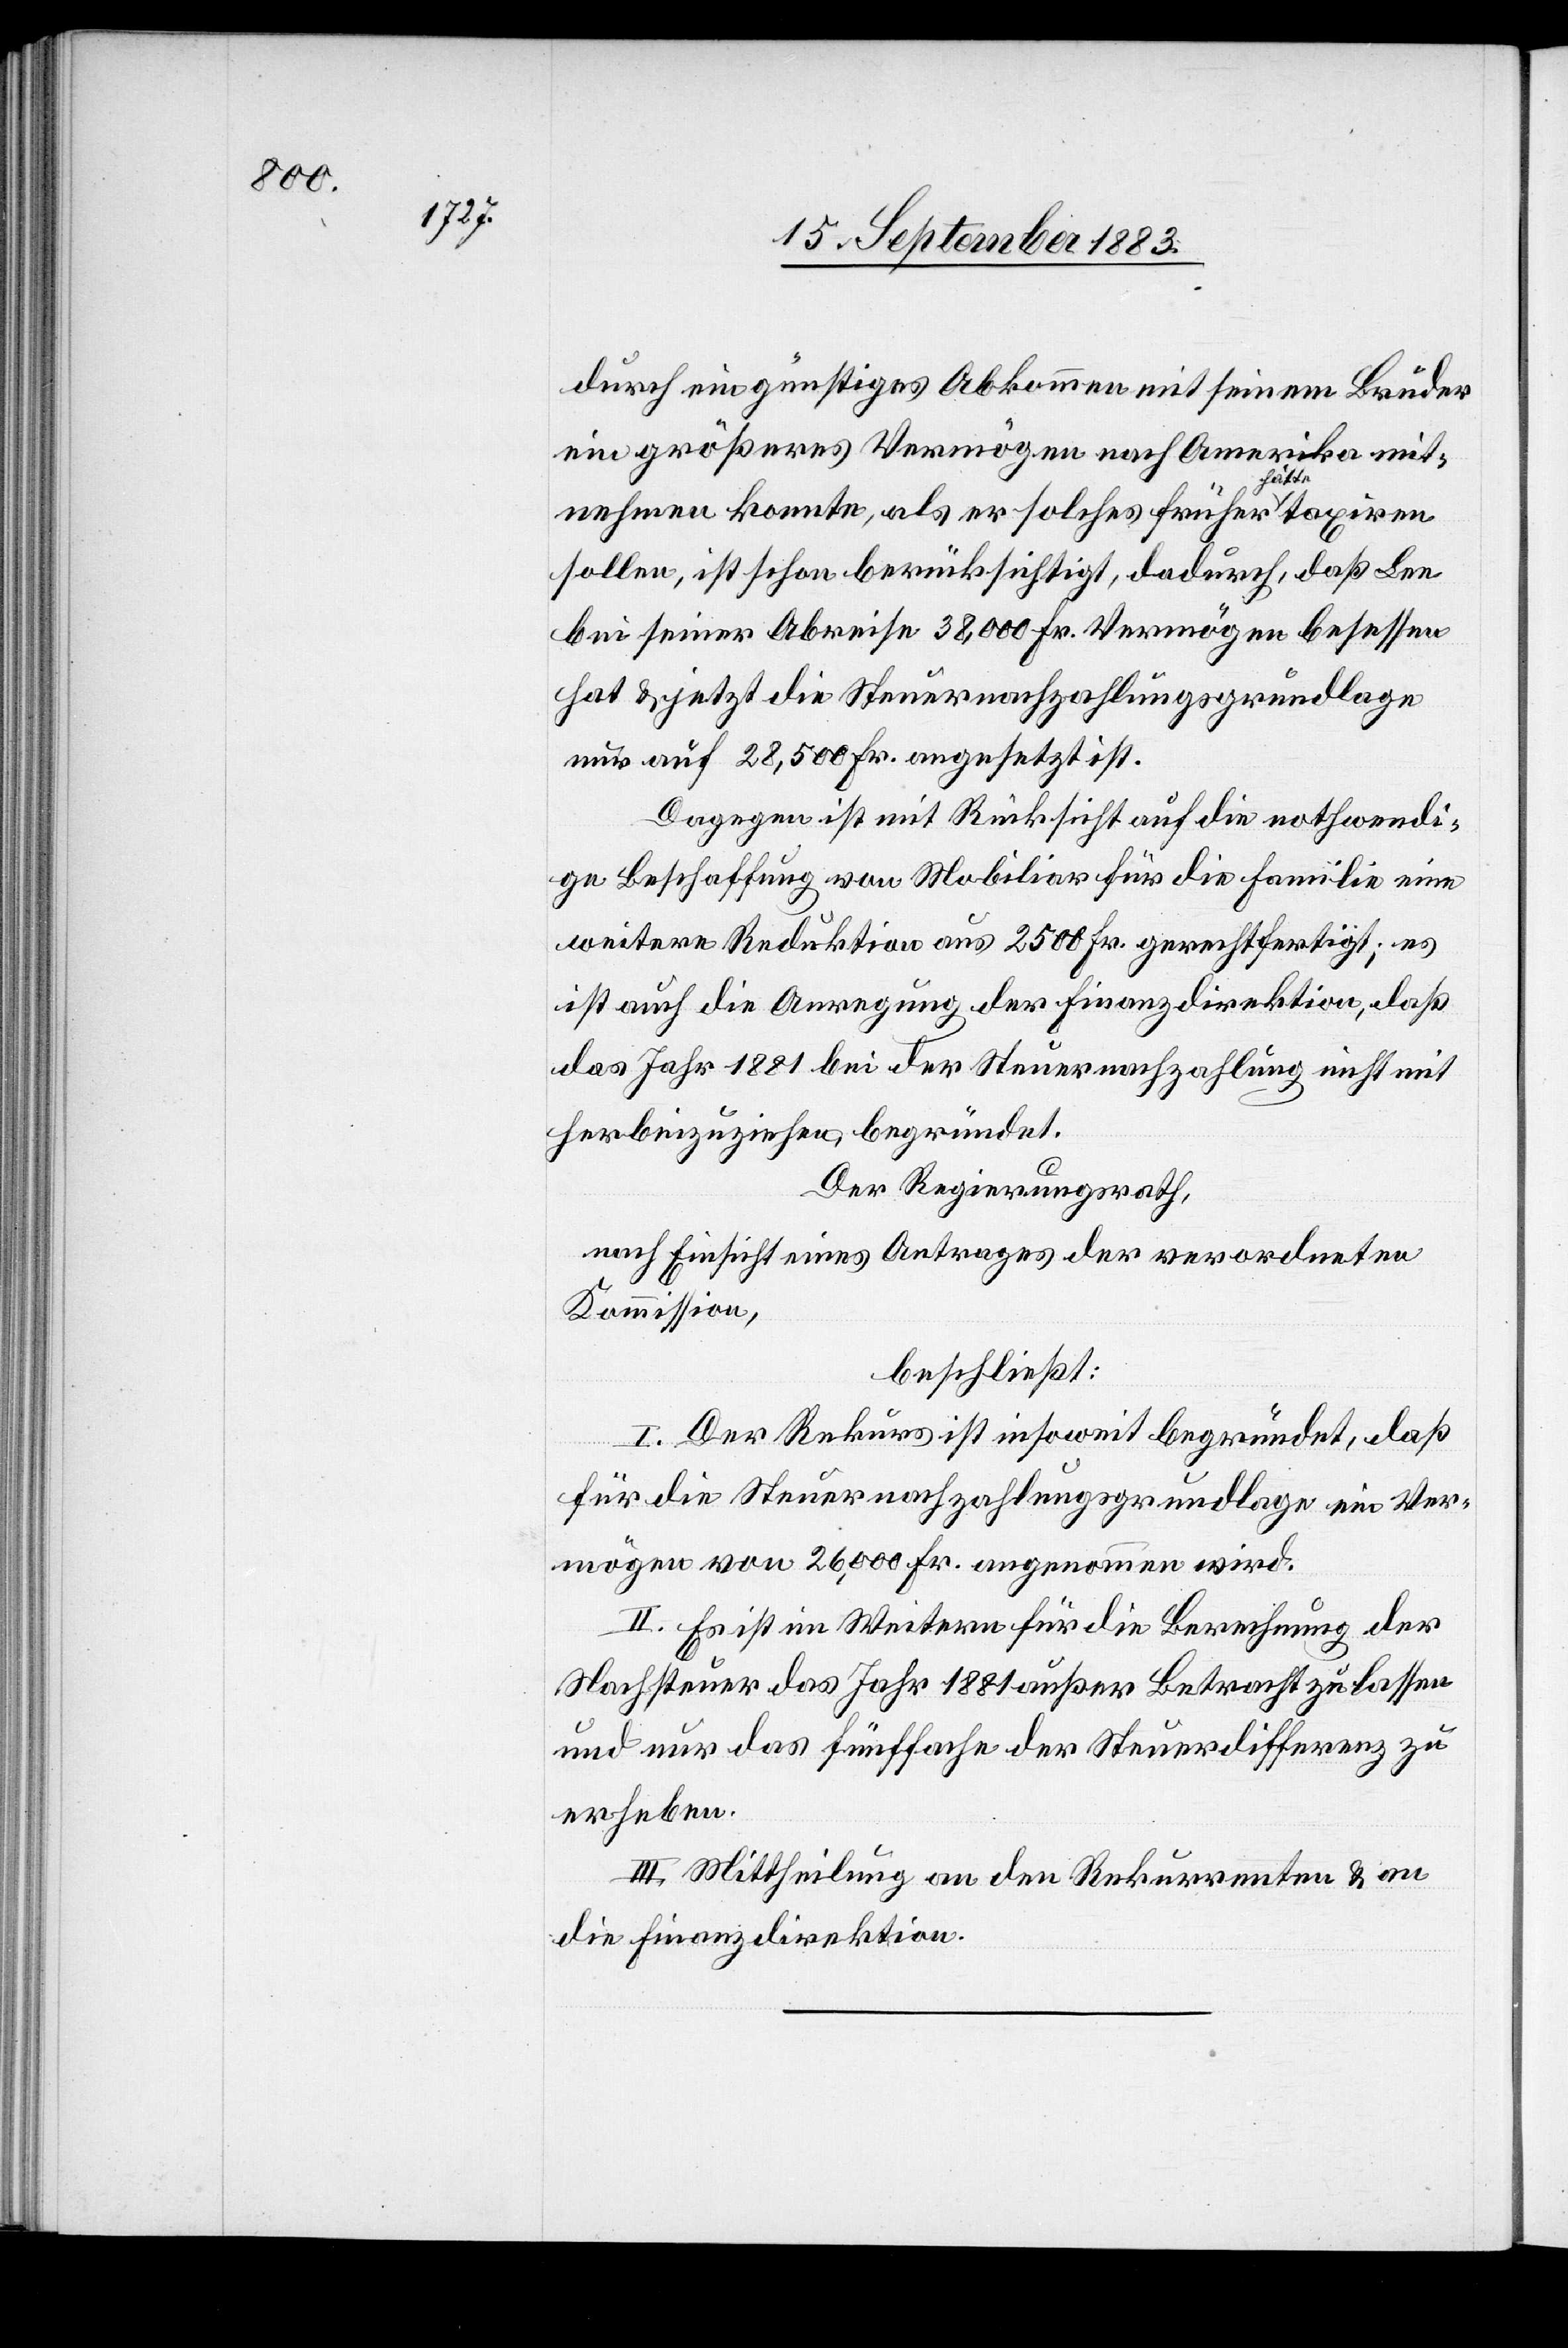
durch ein günstiges Abkommen mit seinem Bruder
ein größeres Vermögen nach Amerika mit¬
nehmen konnte, als er solches früher hätte taxiren
sollen, ist schon berücksichtigt, dadurch, daß Lee
bei seiner Abreise 38,000 Fr. Vermögen besessen
hat & jetzt die Steuernachzahlungsgrundlage
nur auf 28,500 Fr. angesetzt ist.
Dagegen ist mit Rücksicht auf die nothwendi¬
ge Beschaffung von Mobiliar für die Familie eine
weitere Reduktion aus 2500 Fr. gerechtfertigt; es
ist auch die Anregung der Finanzdirektion, d¬
as Jahr 1881 bei der Steuernachzahlung nicht mit
herbeizuziehen, begründet.
Der Regierungsrath,
nach Einsicht eines Antrages der verordneten
Kommission.
beschließt:
I. Der Rekurs ist insoweit begründet, daß
für die Steuernachzahlungsgrundlage ein Ver¬
mögen von 26,000 Fr. angenommen wird.
II. Es ist im Weitern für die Berechnung der
Nachsteuer das Jahr 1881 außer Betracht zu lassen
und nur das fünffache der Steuerdifferenz zu
erheben.
III. Mittheilung an den Rekurrenten & an
die Finanzdirektion.